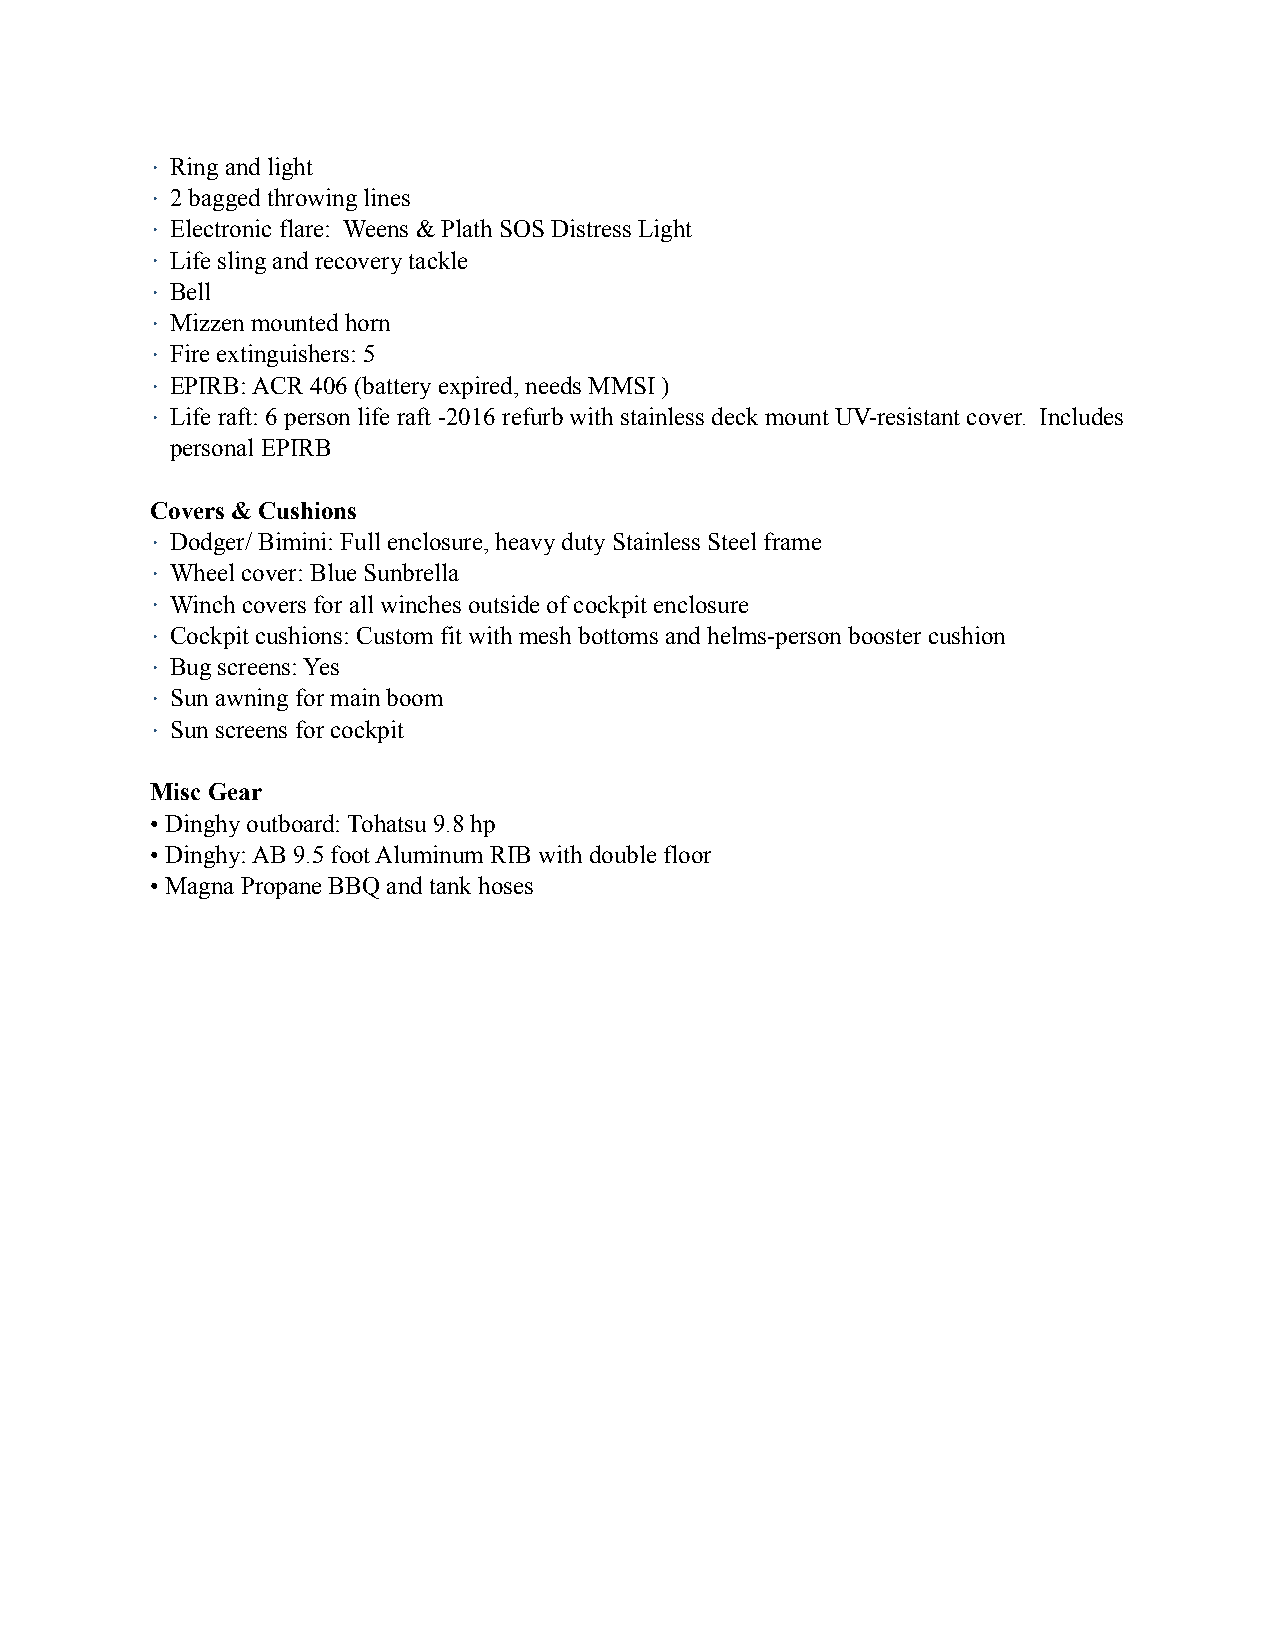
• Ring and light
 • 2 bagged throwing lines
 • Electronic flare: Weens & Plath SOS Distress Light
 • Life sling and recovery tackle
 • Bell
 • Mizzen mounted horn
 • Fire extinguishers: 5
 • EPIRB: ACR 406 (battery expired, needs MMSI )
 • Life raft: 6 person life raft -2016 refurb with stainless deck mount UV-resistant cover. Includes
 personal EPIRB
 Covers & Cushions
 • Dodger/ Bimini: Full enclosure, heavy duty Stainless Steel frame
 • Wheel cover: Blue Sunbrella
 • Winch covers for all winches outside of cockpit enclosure
 • Cockpit cushions: Custom fit with mesh bottoms and helms-person booster cushion
 • Bug screens: Yes
 • Sun awning for main boom
 • Sun screens for cockpit
 Misc Gear
 • Dinghy outboard: Tohatsu 9.8 hp
 • Dinghy: AB 9.5 foot Aluminum RIB with double floor
 • Magna Propane BBQ and tank hoses